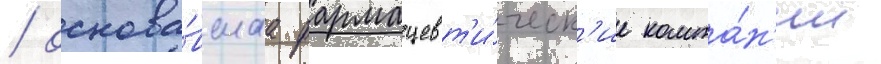
/ основа́вшаа фармацевт'и́ческ'ие компа́н'ии